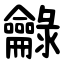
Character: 龣